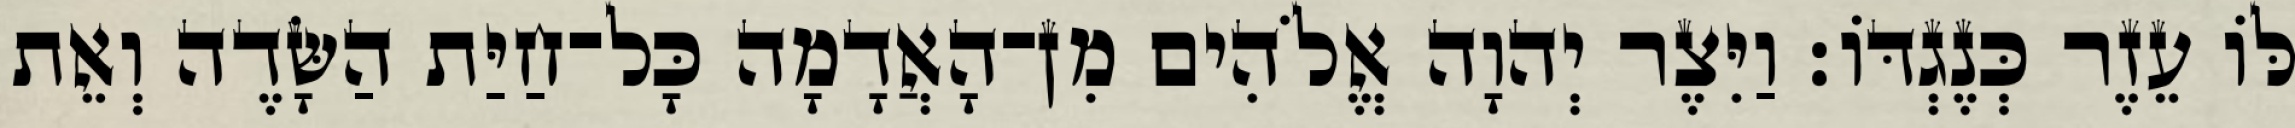
לֹּו עֵזֶר כְּנֶגְדֹּו׃ וַיִּצֶר יְהוָה אֱלֹהִים מִן־הָאֲדָמָה כָּל־חַיַּת הַשָּׂדֶה וְאֵת